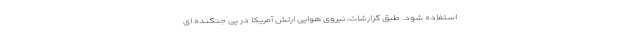
استفاده شود. طبق گزارشات، نیروی هوایی ارتش آمریکا در پی جنگنده ای